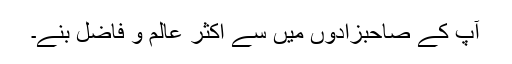
آپ کے صاحبزادوں میں سے اکثر عالم و فاضل بنے۔